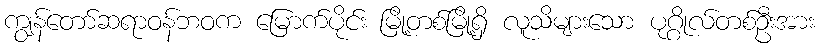
ကျွန်တော်ဆရာဝန်ဘဝက မြောက်ပိုင်း မြို့တစ်မြို့ရှိ လူသိများသော ပုဂ္ဂိုလ်တစ်ဦးအား